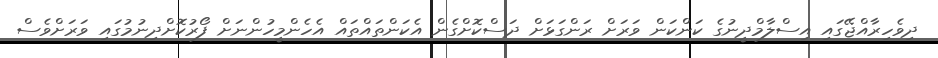
ދިވެހިރާއްޖޭގައި އިސްލާމްދީނުގެ ކަންކަން ވަރަށް ރަންގަޅަށް ދަސްކޮށްގެން އެކަންތައްތައް އެހެންމީހުންނަށް ފޯރުކޮށްދިނުމުގައި ވަރަށްވެސް